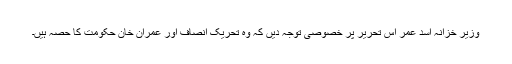
وزیر خزانہ اسد عمر اس تحریر پر خصوصی توجہ دیں کہ وہ تحریک انصاف اور عمران خان حکومت کا حصہ ہیں۔